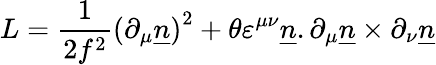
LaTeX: L={\frac{1}{2{f}^{2}}}{(\partial_{\mu}{\underline{{n}}})}^{2}+{\theta}{{\varepsilon}^{\mu\nu}}{\underline{{n}}}.{\partial_{\mu}{\underline{{n}}}}\times{\partial_{\nu}{\underline{{n}}}}